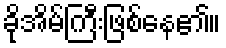
ခိုအိမ်ကြီးဖြစ်နေ၏။